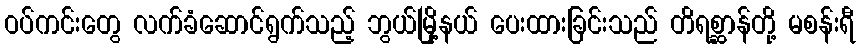
ဝပ်ကင်းတွေ လက်ခံဆောင်ရွက်သည့် ဘွယ်မြို့နယ် ပေးထားခြင်းသည် တိရစ္ဆာန်တို့ မစန်းရီ